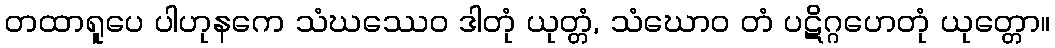
တထာရူပေ ပါဟုနကေ သံဃဿေဝ ဒါတုံ ယုတ္တံ, သံဃောဝ တံ ပဋိဂ္ဂဟေတုံ ယုတ္တော။